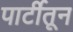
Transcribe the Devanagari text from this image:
पार्टीतून